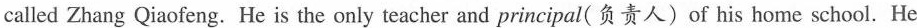
called Zhang Qiaofeng. He is the only teacher and principal(负责人) of his home school. He